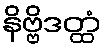
နိဗ္ဗိဒတ္ထံ